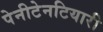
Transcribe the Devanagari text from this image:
पेनीटेनटियारी